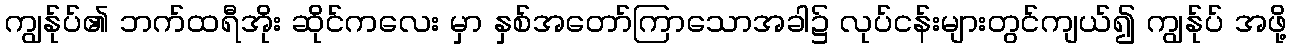
ကျွန်ုပ်၏ ဘက်ထရီအိုး ဆိုင်ကလေး မှာ နှစ်အတော်ကြာသောအခါ၌ လုပ်ငန်းများတွင်ကျယ်၍ ကျွန်ုပ် အဖို့